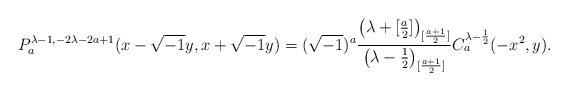
LaTeX: \begin{align*}P^{\lambda-1, -2\lambda-2a+1}_a(x-\sqrt{-1}y, x+\sqrt{-1}y)=(\sqrt{-1})^a \frac{\left(\lambda+ [\frac{a}{2}] \right)_{[\frac{a+1}{2}]}}{\left(\lambda - \frac{1}{2} \right)_{[\frac{a+1}{2}]}}C^{\lambda-\frac{1}{2}}_a (-x^2, y).\end{align*}